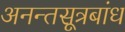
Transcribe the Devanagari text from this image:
अनन्तसूत्रबांध